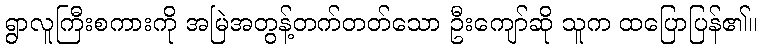
ရွာလူကြီးစကားကို အမြဲအတွန့်တက်တတ်သော ဦးကျော်ဆို သူက ထပြောပြန်၏။